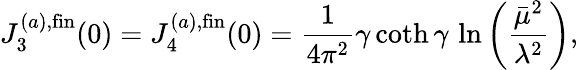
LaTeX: J_{3}^{(a),\mathrm{fin}}(0)=J_{4}^{(a),\mathrm{fin}}(0)={\frac{1}{4\pi^{2}}}\gamma\coth\gamma\, \ln\left({\frac{\bar{\mu}^{2}}{\lambda^{2}}}\right),